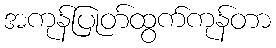
အကုန်ပြုတ်ထွက်ကုန်တာ